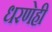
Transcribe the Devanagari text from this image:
धरणेही